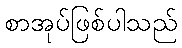
စာအုပ်ဖြစ်ပါသည်